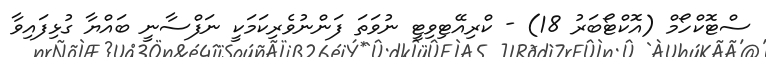
ސްޓޮކްހޯމް (އޮކްޓޯބަރު 18) - ކްރިއޭޓިވިޓީ ނުވަތަ ފަންނުވެރިކަމަކީ ނަފްސާނީ ބައްޔާ ގުޅިފައިވާ